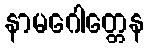
နာမဂေါတ္တေန